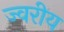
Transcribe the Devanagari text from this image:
ज्वरीय